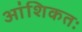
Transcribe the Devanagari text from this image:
आंशिकतः